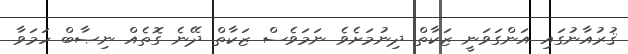
ޤުރުއާނުގައި އަންގަވަނީ ޒަކާތް ދިނުމަށެވެ ނަމަވެސް ޒަކާތް ދޭނެ ގޮތެއް ނިޞާބް ހަމަވާ